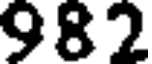
982